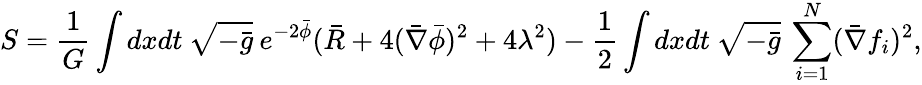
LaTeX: S=\frac{1}{G}\int dxdt\: \sqrt{-\bar{g}}\: e^{-2\bar{\phi}}(\bar{R}+4(\bar{\nabla}\bar{\phi})^{2}+4\lambda^{2})-\frac{1}{2}\int dxdt\: \sqrt{-\bar{g}}\: \sum_{i=1}^{N}(\bar{\nabla}f_{i})^{2},